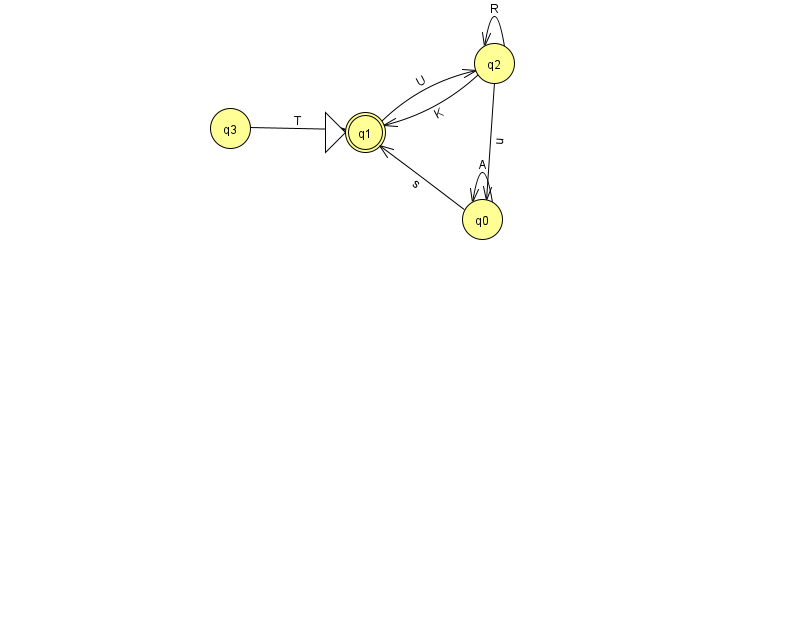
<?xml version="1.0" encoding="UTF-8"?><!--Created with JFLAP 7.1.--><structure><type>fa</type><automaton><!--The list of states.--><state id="0" name="q0"><x>482.0</x><y>206.0</y></state><state id="1" name="q1"><x>365.0</x><y>119.0</y><initial/><final/></state><state id="2" name="q2"><x>494.0</x><y>50.0</y></state><state id="3" name="q3"><x>230.0</x><y>115.0</y></state><!--The list of transitions.--><transition><from>0</from><to>0</to><read>A</read></transition><transition><from>1</from><to>2</to><read>U</read></transition><transition><from>2</from><to>2</to><read>R</read></transition><transition><from>2</from><to>0</to><read>u</read></transition><transition><from>0</from><to>1</to><read>s</read></transition><transition><from>3</from><to>1</to><read>T</read></transition><transition><from>2</from><to>1</to><read>K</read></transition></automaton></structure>